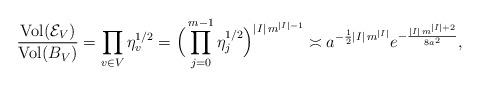
LaTeX: \begin{align*}\frac{\mbox{Vol}(\mathcal{E}_V)}{\mbox{Vol}(B_V)} = \prod_{v\in V} \eta_v^{1/2} = \Big(\prod_{j=0}^{m-1} \eta_j^{1/2}\Big)^{|I|\,m^{|I|-1}} \asymp a^{-\frac{1}{2} |I|\, m^{|I|}} e^{-\frac{|I|\,m^{|I|+2}}{8a^2}},\end{align*}